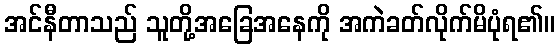
အင်နီတာသည် သူတို့အခြေအနေကို အကဲခတ်လိုက်မိပုံရ၏။